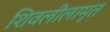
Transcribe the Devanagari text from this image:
शिवलीलामृत